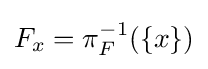
F_{x}=\pi _{F}^{-1}(\{x\})